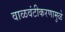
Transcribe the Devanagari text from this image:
वाळवंटीकरणामुळे